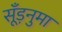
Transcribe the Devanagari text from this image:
सूँड़नुमा